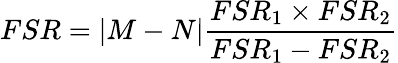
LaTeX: FSR=|M-N|\frac{FSR_{1}\times FSR_{2}}{FSR_{1}-FSR_{2}}